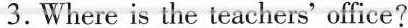
3.Where is the teachers' office?